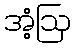
အံ့ဩ